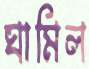
ঘামিল